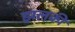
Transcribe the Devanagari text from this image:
झलकी